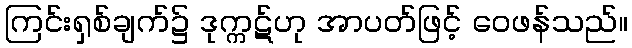
ကြင်းရှစ်ချက်၌ ဒုက္ကဋ်ဟု အာပတ်ဖြင့် ဝေဖန်သည်။